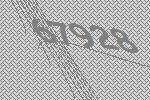
67928